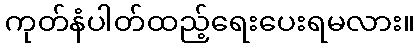
ကုတ်နံပါတ်ထည့်ရေးပေးရမလား။